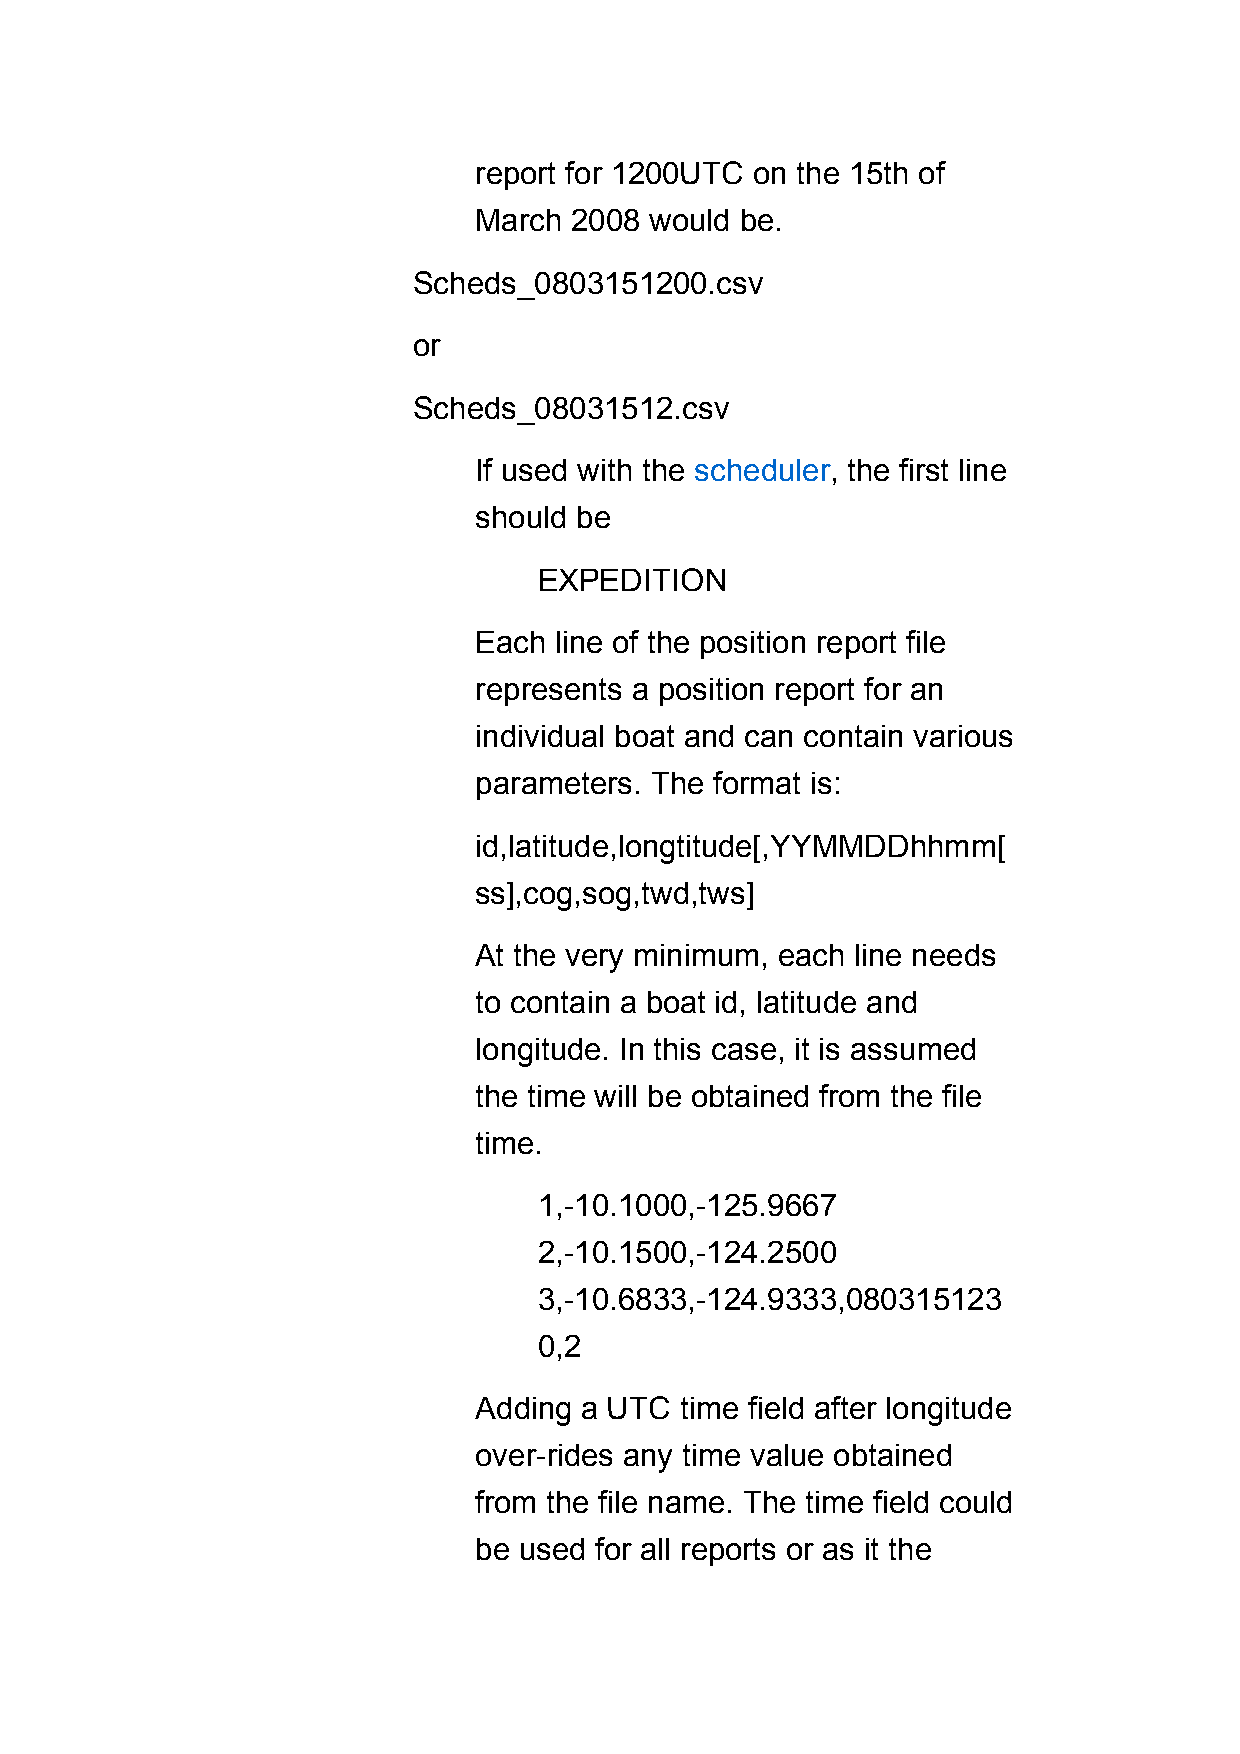
report for 1200UTC on the 15th of
 March  2008 would be.
 Scheds_0803151200.csv
 or
 Scheds_08031512.csv
 If used with the scheduler, the first line
 should be
 EXPEDITION
 Each  line of the position report file
 represents a position report for an
 individual boat and can contain various
 parameters. The format is:
 id,latitude,longtitude[,YYMMDDhhmm[
 ss],cog,sog,twd,tws]
 At the very minimum, each line needs
 to contain a boat id, latitude and
 longitude. In this case, it is assumed
 the time will be obtained from the file
 time.
 1,-10.1000,-125.9667
 2,-10.1500,-124.2500
 3,-10.6833,-124.9333,080315123
 0,2
 Adding a UTC  time field after longitude
 over-rides any time value obtained
 from the file name. The time field could
 be used for all reports or as it the